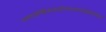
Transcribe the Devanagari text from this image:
गावपांढरीहिकादंबरीत्यानंतरखंडोबायात्रा